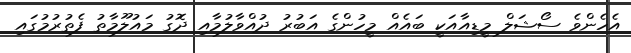
އެހެންވެ ސޯޝަލް މީޑިއާއަކީ ބައެއް މީހުންގެ އަބުރު ދުއްވާލުމާއި ދޮގު މައުލޫމާތު ފެތުރުމުގައި